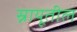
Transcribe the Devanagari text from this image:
स्नायूतील